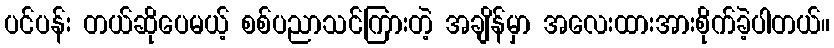
ပင်ပန်း တယ်ဆိုပေမယ့် စစ်ပညာသင်ကြားတဲ့ အချိန်မှာ အလေးထားအားစိုက်ခဲ့ပါတယ်။